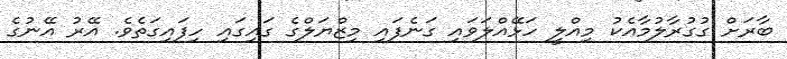
ބާރަށް ގުގުރާލުމާއެކު މިއްލީ ހަޅޭއްލަވައި ގަނެފައި މިޒްޔަލްގެ ގައިގައި ހިފައިގަތެވެ. އޭރު އޭނުގެ